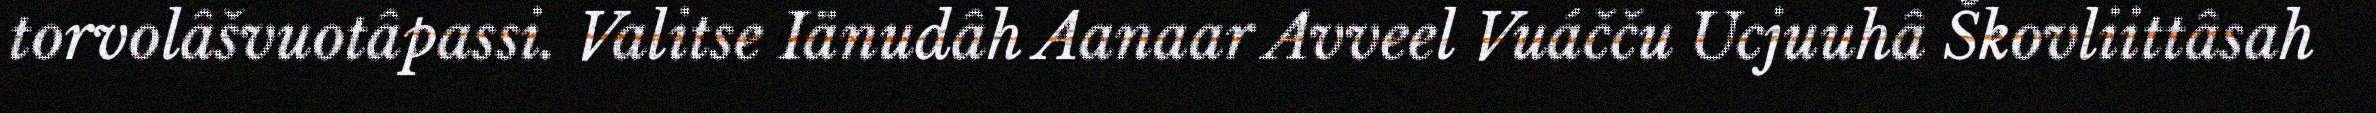
torvolâšvuotâpassi. Valitse Iänudâh Aanaar Avveel Vuáčču Ucjuuhâ Škovliittâsah